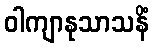
ဝါကျာနုသာသနိံ